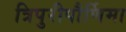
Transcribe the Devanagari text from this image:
त्रिपुरीपौर्णिमा